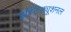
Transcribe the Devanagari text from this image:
इंस्टिट्यूशनल